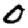
Digit: 0